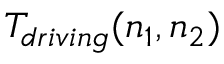
T _ { d r i v i n g } ( n _ { 1 } , n _ { 2 } )